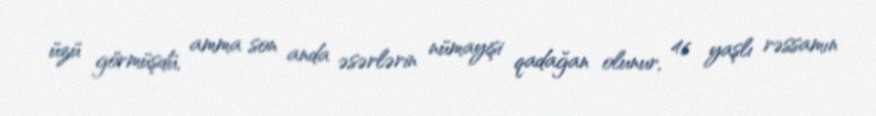
üzü görmüşdü, amma son anda əsərlərin nümayişi qadağan olunur, 46 yaşlı rəssamın